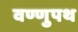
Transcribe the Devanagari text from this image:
वण्णुपथ